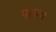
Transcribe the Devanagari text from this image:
परस्प